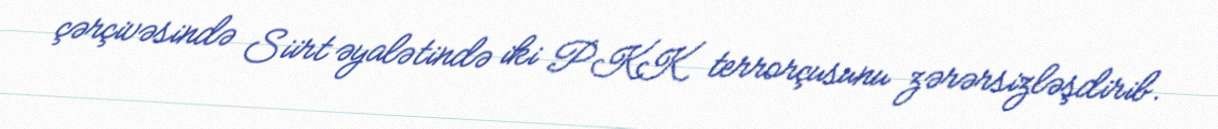
çərçivəsində Siirt əyalətində iki PKK terrorçusunu zərərsizləşdirib.